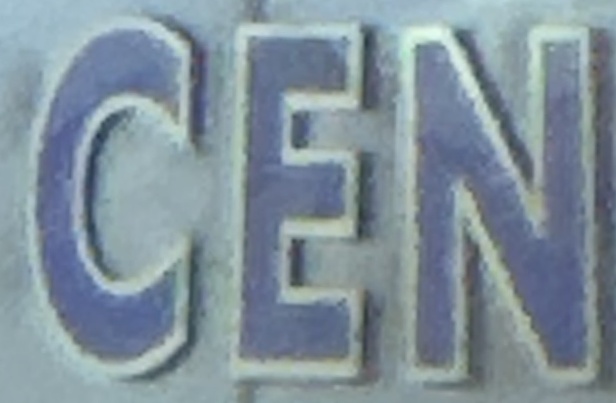
CEN